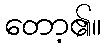
တော့၏။